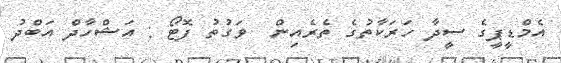
އެމްޑީޕީގެ ސީދާ ހަރަކާތުގެ ތެރެއިން  ވަގުތު ފޮޓޯ : އަޝްހާދް އަބްދު